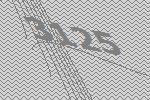
3125